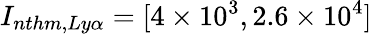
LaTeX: I_{nthm,Ly\alpha}=[4\times 10^{3},2.6\times 10^{4}]